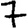
Digit: 7